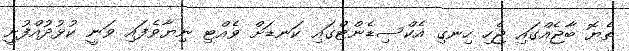
ތެޔޮ ބާޖެއްގައި ޖެހި ހިނގި އެކްސިޑެންޓްގައި ކަނޑަށް ވެއްޓި ނިޔާވެފައި ވަނީ ކުޅުދުއްފުށީ